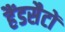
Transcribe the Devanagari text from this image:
हैंडसैटों